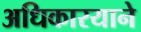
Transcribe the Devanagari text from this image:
अधिकारयाने